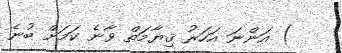
) އަންނަ އަހަރު ޤިޔާމަތް ވާނެ ކަމަށް ބުނެ